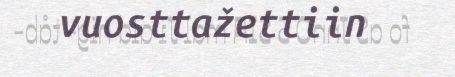
vuosttažettiin